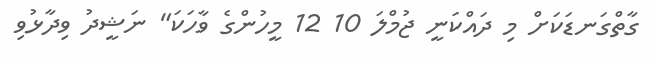
ގާތްގަނޑަކަށް މި ދައްކަނީ ޖުމްލަ 10 12 މީހުންގެ ވާހަކަ" ނަޝީދު ވިދާޅުވި